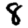
Digit: 8